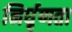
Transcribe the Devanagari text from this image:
निर्घृणता